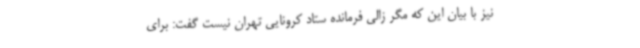
نیز با بیان این که مگر زالی فرمانده ستاد کرونایی تهران نیست گفت: برای